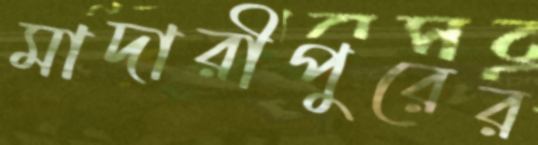
মাদারীপুরের